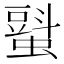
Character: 𧐵